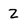
Character: 2